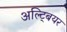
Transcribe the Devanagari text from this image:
अल्ट्बियर